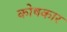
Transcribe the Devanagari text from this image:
काेषकार